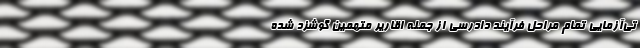
تی‌آزمایی تمام مراحل فرآیند دادرسی از جمله اقاریر متهمین گوشزد شده